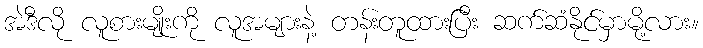
အဲဒီလို လူစားမျိုးကို လူအများနဲ့ တန်းတူထားပြီး ဆက်ဆံနိုင်မှာမို့လား။